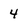
Character: 4